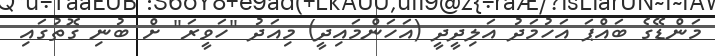
މަންޑޭގެ ބައްޕަ އަހުމަދު އަލިދީދީ (އަހަންމައިދީ) މިއަދު "ހަވީރަ" ށް ބުނި ގޮތުގައި